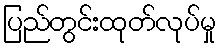
ပြည်တွင်းထုတ်လုပ်မှု